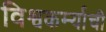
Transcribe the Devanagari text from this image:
विश्वकर्म्याची